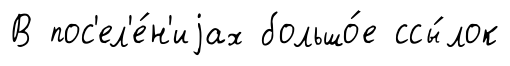
В пос'ел'е́н'иjах большо́е ссы́лок